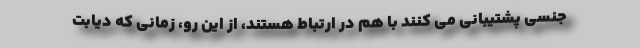
جنسی پشتیبانی می کنند با هم در ارتباط هستند، از این رو، زمانی که دیابت